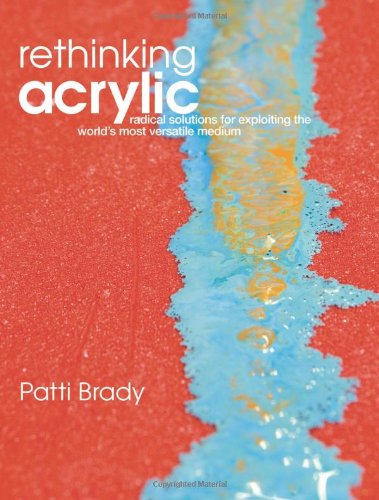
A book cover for Rethinking Acrylic: Radical Solutions For Exploiting The World's Most Versatile Medium; Patti Brady; Arts & Photography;